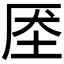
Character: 𰉧